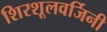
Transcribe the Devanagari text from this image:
शिरशूलवर्जिनी